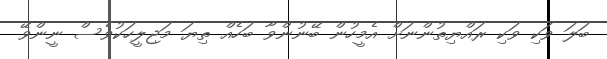
ބަލަ ވަކި ވަކި ރައްޔިތުންނަށް އެމީހުން ބޭނުންވާ ބަހެއް ތިޔަ މަޖިލީހަކުވެސް ނީންވޭ